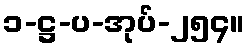
၁-ဋ္ဌ-ပ-အုပ်-၂၅၄။